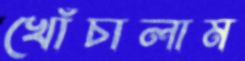
খোঁচালাম